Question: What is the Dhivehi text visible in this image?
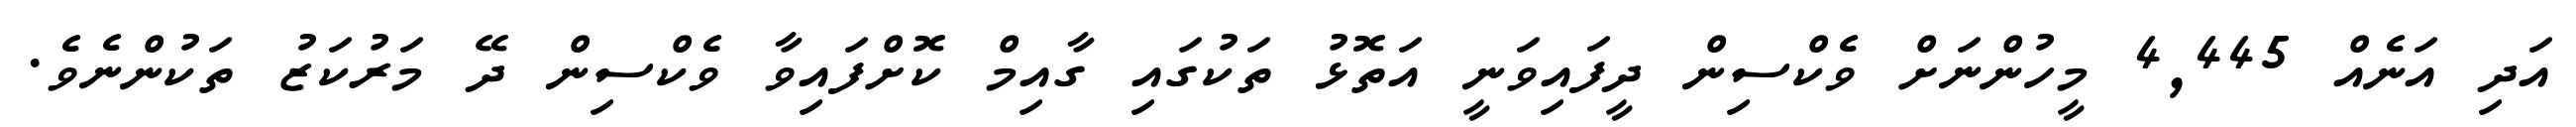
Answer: އަދި އަނެއް 4,445 މީހުންނަށް ވެކްސިން ދީފައިވަނީ އަތޮޅު ތަކުގައި ގާއިމް ކޮށްފައިވާ ވެކްސިން ދޭ މަރުކަޒު ތަކުންނެވެ.